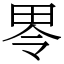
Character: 𱰮